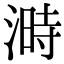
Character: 溡